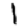
Digit: 1